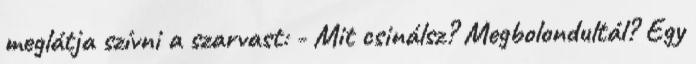
meglátja szívni a szarvast: - Mit csinálsz? Megbolondultál? Egy